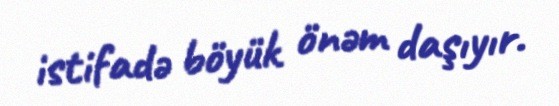
istifadə böyük önəm daşıyır.